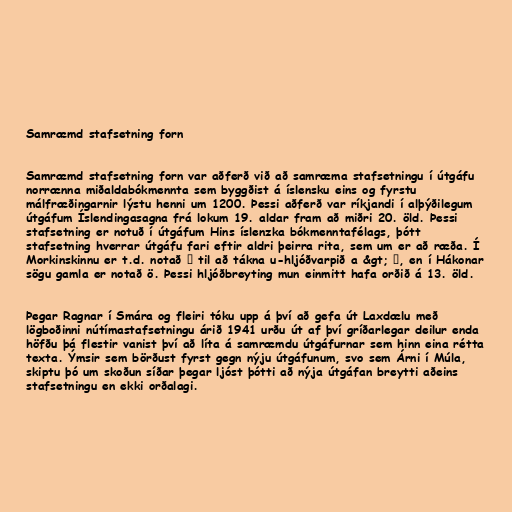
Samræmd stafsetning forn

Samræmd stafsetning forn var aðferð við að samræma stafsetningu í útgáfu
norrænna miðaldabókmennta sem byggðist á íslensku eins og fyrstu
málfræðingarnir lýstu henni um 1200. Þessi aðferð var ríkjandi í alþýðilegum
útgáfum Íslendingasagna frá lokum 19. aldar fram að miðri 20. öld. Þessi
stafsetning er notuð í útgáfum Hins íslenzka bókmenntafélags, þótt
stafsetning hverrar útgáfu fari eftir aldri þeirra rita, sem um er að ræða. Í
Morkinskinnu er t.d. notað ǫ til að tákna u-hljóðvarpið a &gt; ǫ, en í Hákonar
sögu gamla er notað ö. Þessi hljóðbreyting mun einmitt hafa orðið á 13. öld.

Þegar Ragnar í Smára og fleiri tóku upp á því að gefa út Laxdælu með
lögboðinni nútímastafsetningu árið 1941 urðu út af því gríðarlegar deilur enda
höfðu þá flestir vanist því að líta á samræmdu útgáfurnar sem hinn eina rétta
texta. Ýmsir sem börðust fyrst gegn nýju útgáfunum, svo sem Árni í Múla,
skiptu þó um skoðun síðar þegar ljóst þótti að nýja útgáfan breytti aðeins
stafsetningu en ekki orðalagi.